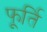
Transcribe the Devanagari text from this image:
फूर्ति